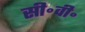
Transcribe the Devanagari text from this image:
सी॰वी॰